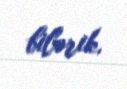
bilərik.